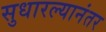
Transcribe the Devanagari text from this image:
सुधारल्यानंतर